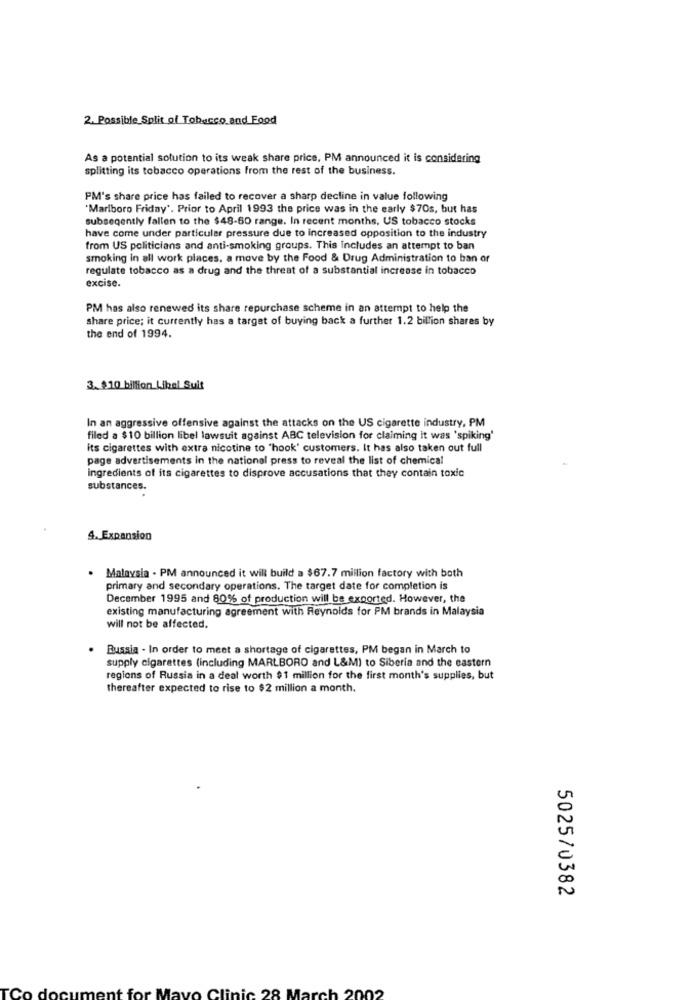
2. Possible Split of Tobacco and Food
As a potential solution to its weak share price, PM announced it is considering
splitting its tobacco operations From the rest of the business.
PM's share price has failed to recover a sharp decline in value following
"Marlboro Friday'. Prior to April 1993 the price was in the early $70s, but has
subsegently fallen to the $48-60 range. In recent months, US tobacco stocks
have come under particuler pressure due to increased opposition to the industry
from US politicians and anti-smoking groups. This Includes an attempt to ban
smoking in all work places, a move by the Food & Drug Administration to ban or
regulate tobacco as a drug and the threat of a substantial increase in tobacco
excise.
PM has also renewed its share repurchase scheme in an attempt to help the
share price; it currently has a target of buying back a further 1.2 billion shares by
the end of 1994.
3. $10 billion Libel Suit
In an aggressive offensive against the attacks on the US cigarette industry, PM
filed a $10 billion libel lawsuit against ABC television for claiming it was 'spiking'
its cigarettes with extra nicotine to "hook' customers. It has also taken out full
page advertisements in the national press to reveal the list of chemical
ingredients of its cigarettes to disprove accusations that they contain toxic
substances.
4. Expansion
. Malaysia - PM announced it will build a $67.7 million factory with both
primary and secondary operations. The target date for completion is
December 1995 and 80% of production will be exported. However, the
existing manufacturing agreement with Reynolds for PM brands in Malaysia
will not be affected.
Russia - In order to meet a shortage of cigarettes, PM began in March to
supply cigarettes (including MARLBORO and L&M) to Siberia and the eastern
regions of Russia in a deal worth $1 million for the first month's supplies, but
thereafter expected to rise to $2 million a month.
5025/0382
Co
Clinic 28 March 2002
do